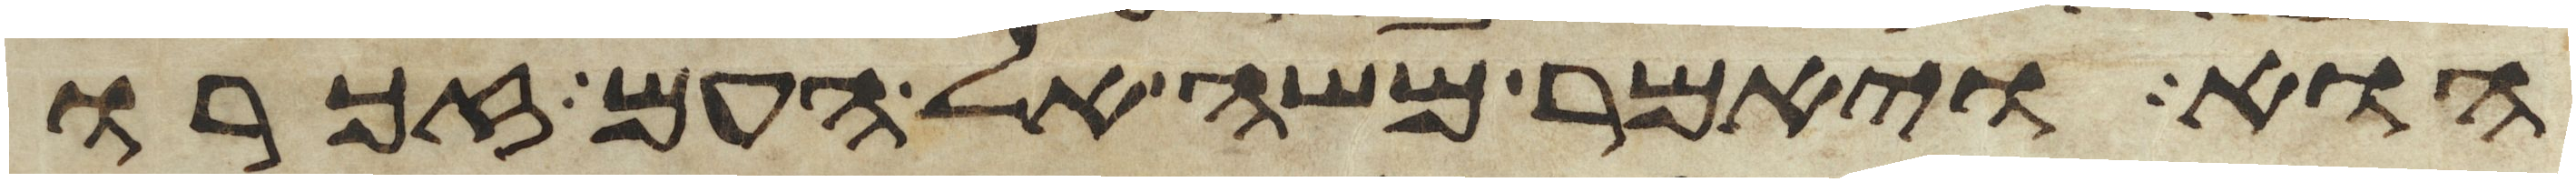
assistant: הוא ויאמר משה אל העם זכרו